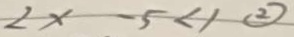
2 x - 5 < 1 \textcircled { 2 }